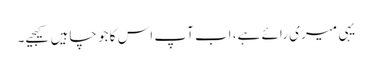
یہی میری رائے ہے، اب آپ اس کا جو چاہیں کیجیے۔